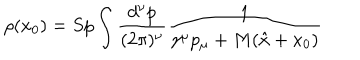
LaTeX: \rho ( x _ { 0 } ) = S p \int \frac { d ^ { \nu } p } { ( 2 \pi ) ^ { \nu } } \frac { 1 } { \gamma ^ { \mu } p _ { \mu } + M ( \hat { x } + x _ { 0 } ) }